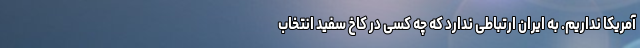
آمریکا نداریم. به ایران ارتباطی ندارد که چه کسی در کاخ سفید انتخاب